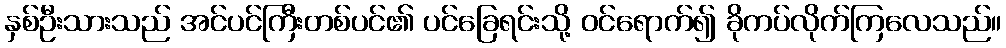
နှစ်ဦးသားသည် အင်ပင်ကြီးတစ်ပင်၏ ပင်ခြေရင်းသို့ ဝင်ရောက်၍ ခိုကပ်လိုက်ကြလေသည်။